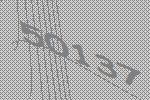
50137